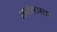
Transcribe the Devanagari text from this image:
स्‍वंतत्रता